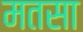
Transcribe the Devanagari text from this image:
मतसा